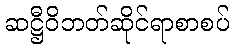
ဆဋ္ဌီဝိဘတ်ဆိုင်ရာစာစပ်